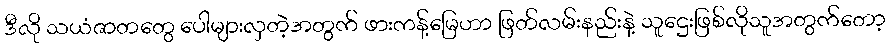
ဒီလို သယံဇာတတွေ ပေါများလှတဲ့အတွက် ဖားကန့်မြေဟာ ဖြတ်လမ်းနည်းနဲ့ သူဌေးဖြစ်လိုသူအတွက်တော့